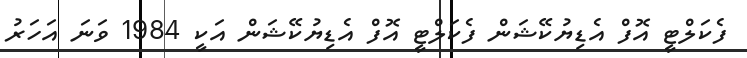
ފެކަލްޓީ އޮފް އެޑިޔުކޭޝަން ފެކަލްޓީ އޮފް އެޑިޔުކޭޝަން އަކީ 1984 ވަނަ އަހަރު